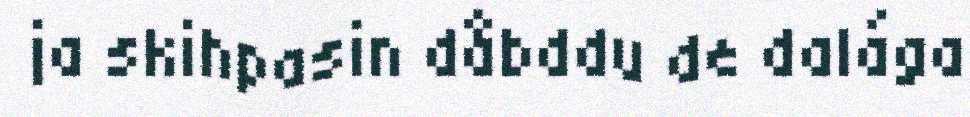
ja skihpasin dåbddu de dalága